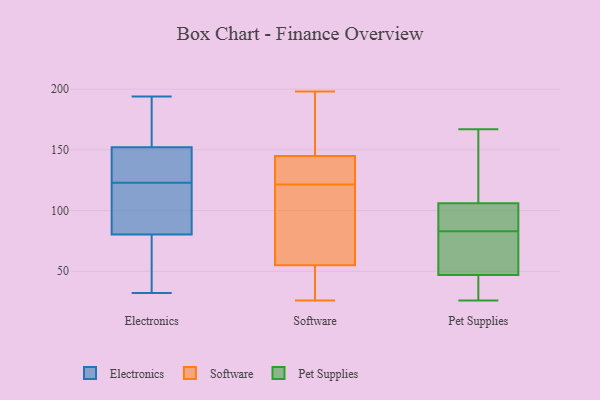
{"axis": {"x": "Market Share (%)", "y": "Value"}, "legend": ["Electronics", "Pet Supplies", "Software"], "data": [{"x": "", "y": 173, "type": "Electronics"}, {"x": "", "y": 194, "type": "Electronics"}, {"x": "", "y": 68, "type": "Electronics"}, {"x": "", "y": 147, "type": "Electronics"}, {"x": "", "y": 74, "type": "Electronics"}, {"x": "", "y": 32, "type": "Electronics"}, {"x": "", "y": 153, "type": "Electronics"}, {"x": "", "y": 99, "type": "Electronics"}, {"x": "", "y": 100, "type": "Electronics"}, {"x": "", "y": 123, "type": "Electronics"}, {"x": "", "y": 150, "type": "Electronics"}, {"x": "", "y": 154, "type": "Software"}, {"x": "", "y": 139, "type": "Software"}, {"x": "", "y": 120, "type": "Software"}, {"x": "", "y": 198, "type": "Software"}, {"x": "", "y": 161, "type": "Software"}, {"x": "", "y": 26, "type": "Software"}, {"x": "", "y": 123, "type": "Software"}, {"x": "", "y": 36, "type": "Software"}, {"x": "", "y": 26, "type": "Software"}, {"x": "", "y": 126, "type": "Software"}, {"x": "", "y": 145, "type": "Software"}, {"x": "", "y": 56, "type": "Software"}, {"x": "", "y": 55, "type": "Software"}, {"x": "", "y": 88, "type": "Software"}, {"x": "", "y": 32, "type": "Pet Supplies"}, {"x": "", "y": 167, "type": "Pet Supplies"}, {"x": "", "y": 83, "type": "Pet Supplies"}, {"x": "", "y": 106, "type": "Pet Supplies"}, {"x": "", "y": 86, "type": "Pet Supplies"}, {"x": "", "y": 47, "type": "Pet Supplies"}, {"x": "", "y": 26, "type": "Pet Supplies"}, {"x": "", "y": 83, "type": "Pet Supplies"}, {"x": "", "y": 126, "type": "Pet Supplies"}, {"x": "", "y": 57, "type": "Pet Supplies"}]}